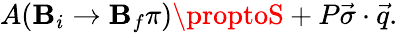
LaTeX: A({\mathbf{B}}_{i}\rightarrow{\mathbf{B}}_{f}\pi)\proptoS+P\vec{{\sigma}}\cdot\vec{{q}}.